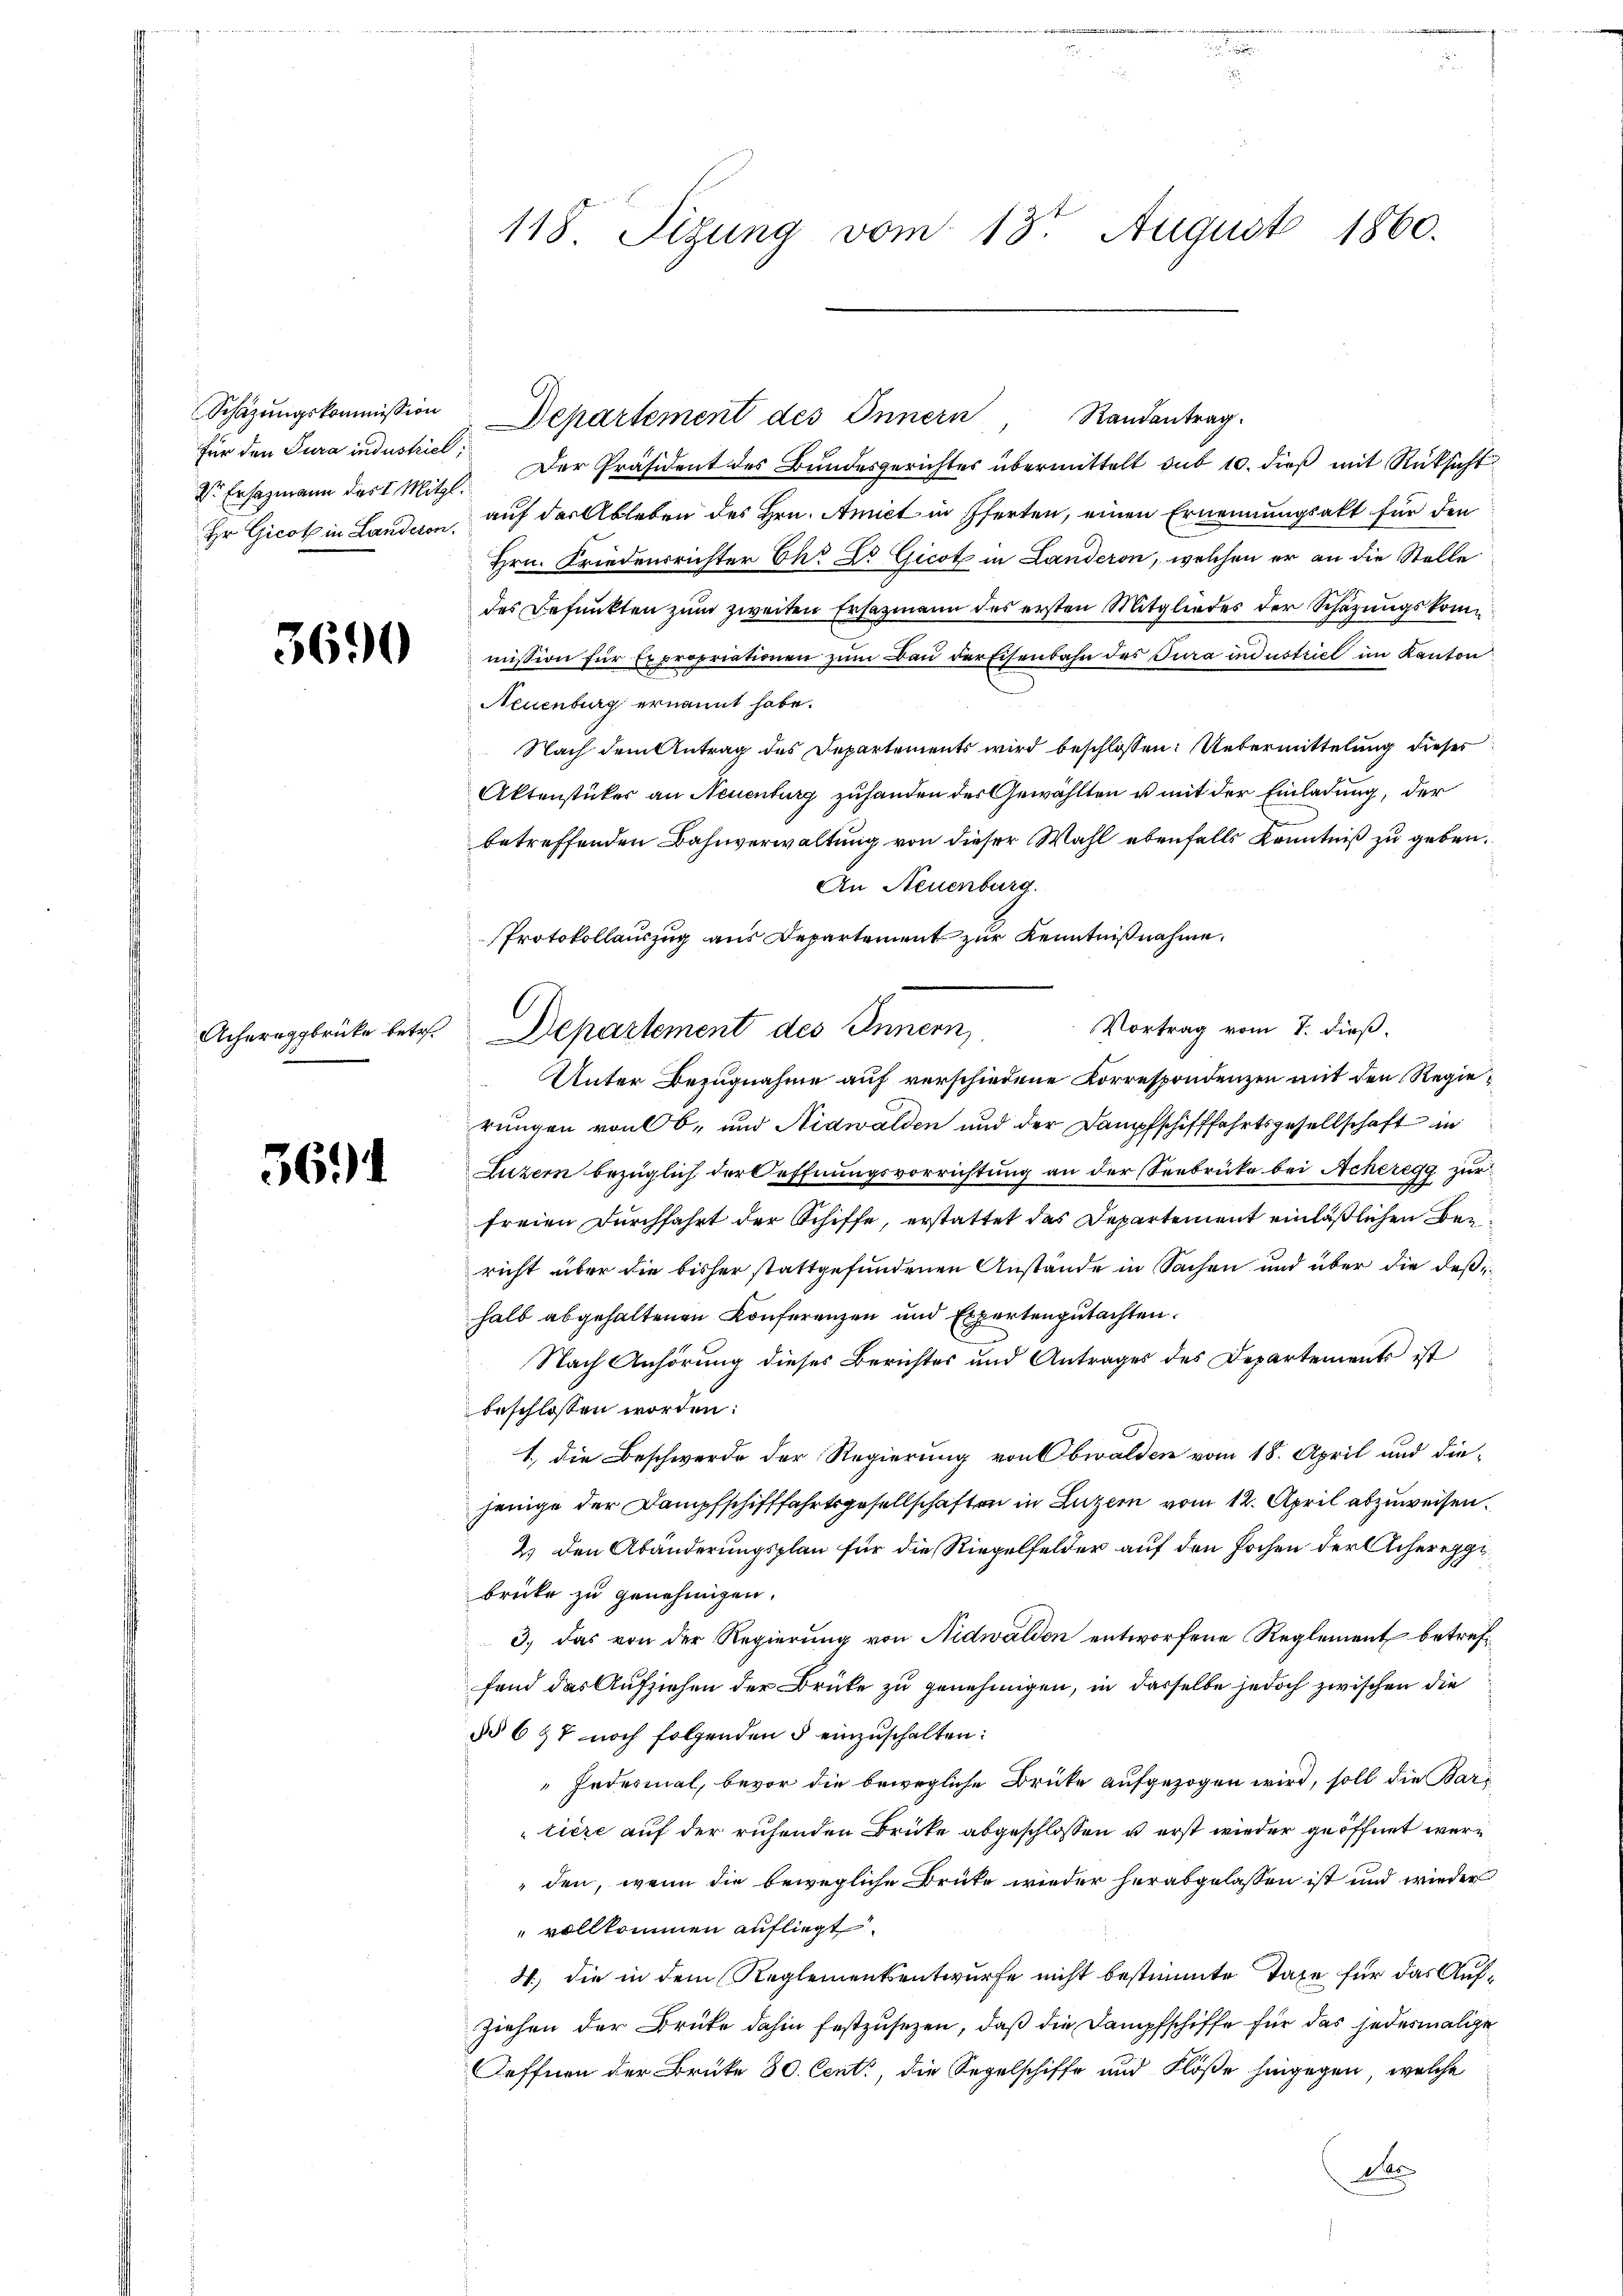
Schazungskommission
für den Jura industriel
dr Ersatzmann des I. Mitzl.
Hr Gicot in Landeren.

3690

Acheraggbrücke betr.

3691

118. Sigung vom 13t August 1860.

Departement des Innern Randantrag.
Der Präsident des Bundesgerichtes übermittelt sub 10. dieß mit Rücksicht
auf der Ableben des Hrn. Amiet in Pferten, einen Ernennungsakt für den
Hrn. Friedensrichter Ehr Dr Gicot in Landeron, welchen er an die Stelle
des Befunkten zum zweiten Ersazmann des ersten Mitgliedes der Schazungskommission für Expropriationen zum Bau der Eisenbahn des Jura industriel im Kanton
Neuenburg ernannt habe.
Nach dem Antrag des Departements wird beschlossen: Uebermittelung dieses
Aktenstücker an Neuenburg zuhanden der Gewählten u mit der Einladung, der
betreffenden Bahnverwaltung von dieser Wahl ebenfalls Kenntniß zu geben.
An Neuenburg.
Protokollauszug aus Departement zur Kenntnißnahme.
Vortrag vom 7. dieß.
Departement des Innern,
Unter Bezugnahme auf verschiedene Korrespondenzen mit den Regierungen von Ob- und Nidwalden und der Dampfschifffahrtsgesellschaft in
Luzern bezüglich der Oeffnungsvorrichtung an der Seebrüke bei Acheregg zur
freien Durchfahrt der Schiffe, erstattet das Departement einläßlichen Bericht über die bisher stattgefundenen Anstände in Sachen und über die deßen
halb abgehaltenen Conferenzen und Expertengutachten.
Nach Anhörung dieses Berichtes und Antrages des Departements ist
beschlossen worden:
1.) die Beschwerde der Regierung von Obwalden vom 18. April und die-
jenige der Dampfschifffahrtsgesellschaften in Luzern vom 12. April abzuweisen.
2.) den Abänderungsplan für die Riegelfelder auf den Pochen der Acheregge
brücke zu genehmigen.
3.) Das von der Regierung von Nidwalden entworfene Reglement betreffand das Aufziehen der Brüke zu genehmigen, in dasselbe jedoch zwischen die
§§ 6 47 noch folgenden § einzuschalten:
Jedesmal, bevor die bewegliche Brüte aufgezogen wird, soll die Bars
tière auf der ruhenden Brücke abgeschlossen u erst wieder geöffnet werden, wenn die bewegliche Brüke wieder herabgelassen ist und wieder
vollkommen aufliegt.
H. die in dem Reglementsentwurfe nicht bestimmte Taxe für das Auf¬
Ziehen der Brüke dahin festzusetzen, daß die Dampfschiffe für das jedesmalige
Oeffnen der Brüke 80. Cent, die Segelschiffe und Flöße hingegen, welche
d